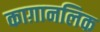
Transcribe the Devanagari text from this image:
काग़ानलिक